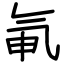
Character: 氠